General report no. 6 on the lunatic asylums, vaccination and dispensaries in the Bengal Presidency, 1873 -
Year: 1873
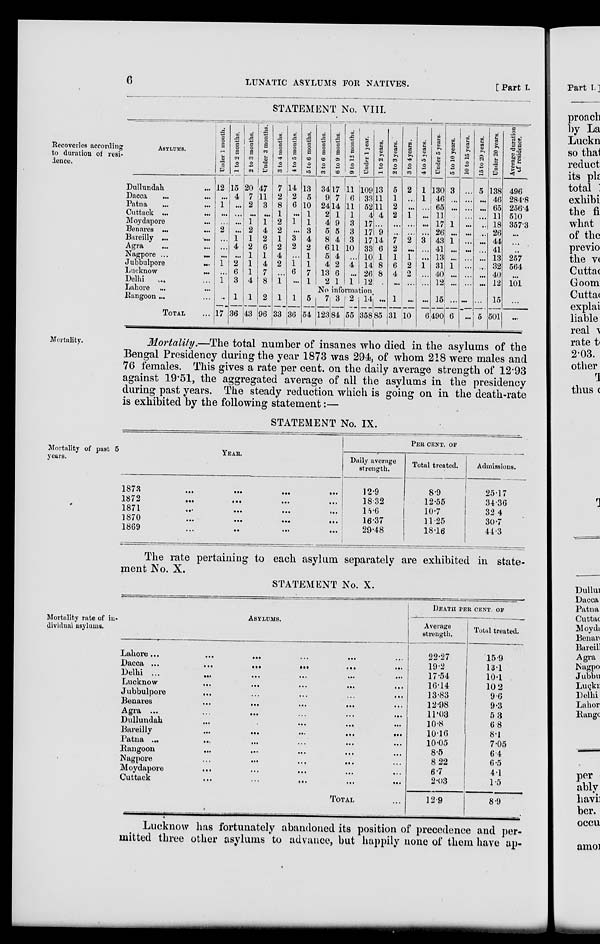
6
LUNATIC ASYLUMS FOR NATIVES.
[ Part I.
Recoveries according
to duration of resi-
dence,
STATEMENT No. VIII.
ASYLUMS.
Dullundah ...
Dacca
...
...
Patna
...
...
Cuttack ...
...
Moydapore ...
Benares
Bareilly
Agra ... ...
Nagpore ...
...
Jubbulpore
...
Lucknow
...
Delhi
... ...
Lahore ...
Rangoon ... ...
TOTAL ...
Under 1 month.
12
...
1
...
...
2
...
...
...
1
...
1
1 to 2 months.
15
4
...
...
...
...
1
4
...
2
6
3
2 to 3 months.
20
7
2
...
1
2
1
2
1
1
1
4
Under 3 months.
47
11
3
...
1
4
2
6
1
4
7
8
3 to 4 months.
7
2
8
1
2
2
1
2
4
2
...
1
4 to 5 months.
14
2
6
...
1
...
3
2
...
1
6
...
5 to 6 months.
13
5
10
1
1
3
4
2
1
1
7
1
3 to 6 months.
34
9
24
2
4
5
8
6
5
4
13
2
6 to 9 months.
17
7
14
1
9
5
4
11
4
2
6
1
9 to 12 months.
11
6
11
1
3
3
3
10
...
4
...
1
Under 1 year.
109
33
52
4
17
17
17
33
10
14
26
12
1 to 2 years.
13
11
11
4
...
9
14
6
1
8
8
...
2 to 3 years.
5
1
2
2
...
...
7
2
1
6
4
...
3 to 4 years.
2
....
...
1
...
...
2
...
1
2
2
...
4 to 5 years.
1
1
...
...
...
...
3
...
...
1
....
...
Under 5 years.
130
46
65
11
17
26
43
41
13
31
40
12
5 to 10 years.
3
...
...
...
1
...
1
...
...
1
...
...
10 to 15 years.
...
...
...
...
...
...
...
...
...
...
...
15 to 20 years.
5
...
...
...
...
. ...
...
...
...
...
...
...
Under 20 years.
138
46
65
11
18
26
44
41
13
32
40
12
Average duration
of residence.
496
284.8
256.4
510
357.3
...
...
...
257
564
...
101
No information
...
17
1
36
1
43
2
96
1
33
1
36
5
54
7
123
3
84
2
55
14
358
...
85
1
31
...
10
...
6
15
490
...
6
...
...
...
5
15
501
...
...
Mortality.
Mortality.—The total number of insanes who died in the asylums of the
Bengal Presidency during the year 1873 was 294, of whom 218 were males and
76 females. This gives a rate per cent. on the daily average strength of 12.93
against 19.51, the aggregated average of all the asylums in the presidency
during past years. The steady reduction which is going on in the death-rate
is exhibited by the following statement:—
STATEMENT No. IX.
Mortality of past 5
years.
YEAR.
1873
...
...
...
...
1872
...
...
...
...
1871
...
...
...
...
1870 ... ... ... ...
1869 ... ... ... ...
PER CENT. OF
Daily average
strength.
12.9
18.32
15.6
16.37
29.48
Total treated.
8.9
12.55
10.7
11.25
18.16
Admissions.
25.17
34.36
32.4
30.7
44.3
The rate pertaining to each asylum separately are exhibited in state-
ment No. X.
STATEMENT No. X.
Mortality rate of in-
dividual asylums.
ASYLUMS.
Lahore ...
...
...
...
...
...
Dacca
...
...
...
...
...
...
Delhi ... ... ... ... ... ...
Lucknow ... ... ... ... ...
Jubbulpore
...
...
...
...
...
Benares
...
...
...
...
...
Agra ... ... ... ... ...
Dullundah
...
...
... ... ...
Bareilly ... ... ... ... ...
Patna ...
...
...
...
...
Rangoon ... ... ... ... ...
Nagpore ... ... ... ... ...
Moydapore
... ... ... ... ...
Cuttack
...
...
... ... ...
TOTAL ...
DEATH PER CENT. OF
Average
strength.
22.27
19.2
17.54
16.14
13.83
12.98
11.03
10.8
10.10
10.05
8.5
8.22
6.7
2.03
12.9
Total treated.
15.9
13.1
10.1
10.2
9.6
9.3
5.3
6.8
8.1
7.05
6.4
6.5
4.1
1.5
8.9
Lucknow has fortunately abandoned its position of precedence and per-
mitted three other asylums to advance, but happily none of them have ap-